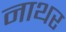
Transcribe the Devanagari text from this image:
नाथर